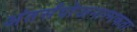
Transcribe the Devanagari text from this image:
अंतर्संयोजनात्मकता